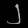
Digit: ၂